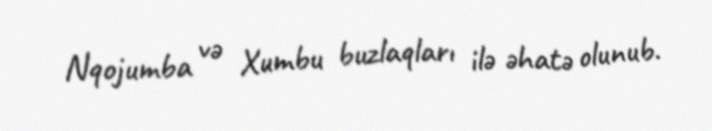
Nqojumba və Xumbu buzlaqları ilə əhatə olunub.